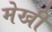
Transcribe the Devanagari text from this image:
मेखी